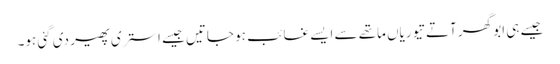
جیسے ہی ابو گھر آتے تیوریاں ماتھے سے ایسے غائب ہو جاتیں جیسے استری پھیر دی گئی ہو۔